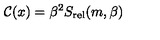
{ \cal C } ( x ) = \beta ^ { 2 } S _ { \mathrm { r e l } } ( m , \beta )